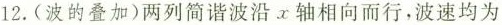
12.(波的叠加)两列简谐波沿x轴相向而行，波速均为